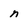
Character: n